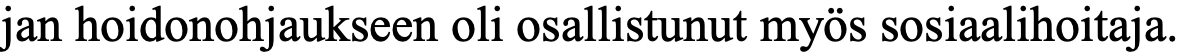
jan hoidonohjaukseen oli osallistunut myös sosiaalihoitaja.